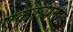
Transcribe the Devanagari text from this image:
एकरूपतेने